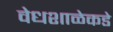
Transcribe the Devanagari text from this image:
वेधशाळेकडे